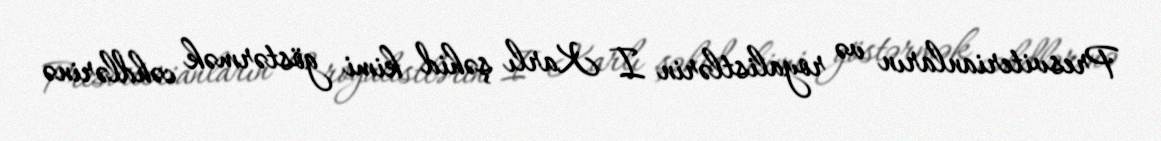
Presviterianların və royalistlərin I Karlı şəhid kimi göstərmək cəhdlərinə